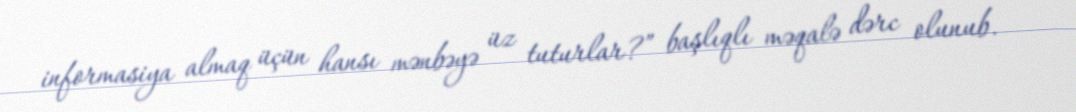
informasiya almaq üçün hansı mənbəyə üz tuturlar?” başlıqlı məqalə dərc olunub.